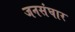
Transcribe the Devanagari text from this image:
जनसंघार